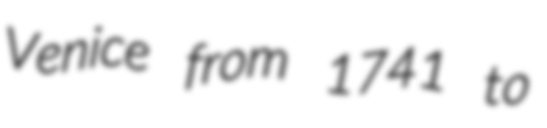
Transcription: Venice from 1741 to